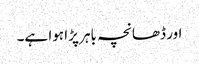
اور ڈھانچہ باہر پڑا ہوا ہے۔